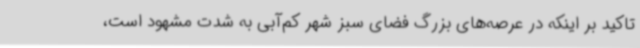
تاکید بر اینکه در عرصه‌های بزرگ فضای سبز شهر کم‌آبی به شدت مشهود است،